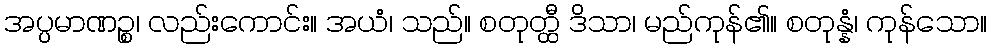
အပ္ပမာဏဉ္စ၊ လည်းကောင်း။ အယံ၊ သည်။ စတုတ္ထီ ဒိသာ၊ မည်ကုန်၏။ စတုန္နံ၊ ကုန်သော။